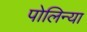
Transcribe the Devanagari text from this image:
पोलिन्या